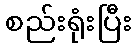
စည်းရုံးပြီး